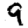
Digit: 9